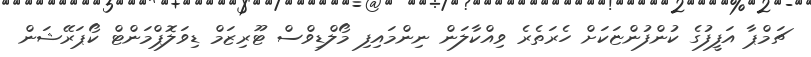
ޗަމްޕާ އަފީފުގެ ކުންފުންޏަކަށް ހެރަތެރެ ވިއްކާލަން ނިންމައިފި މޯލްޑިވްސް ޓޫރިޒަމް ޑިވަލޮޕްމަންޓް ކޯޕަރޭޝަން